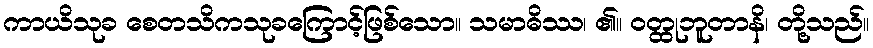
ကာယိသုခ စေတသိကသုခကြောင့်ဖြစ်သော။ သမာဓိဿ၊ ၏။ ဝတ္ထုဘူတာနိ၊ တို့သည်။